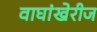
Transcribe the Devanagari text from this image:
वाघांखेरीज